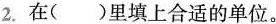
2.在()里填上合适的单位。